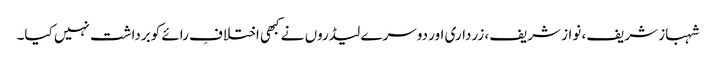
شہباز شریف، نواز شریف، زرداری اور دوسرے لیڈروں نے کبھی اختلافِ رائے کوبرداشت نہیں کیا۔